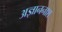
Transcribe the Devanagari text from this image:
अज्ञाननाश